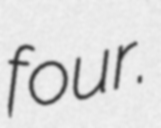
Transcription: four.